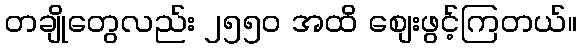
တချိုတွေလည်း ၂၅၅၀ အထိ စျေးဖွင့်ကြတယ်။